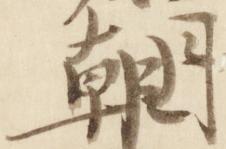
朝